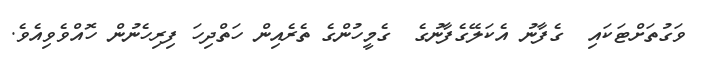
ވަގުތަށްޓަކައި  ގެފާނު އެކަލޭގެފާނުގެ  ގެމީހުންގެ ތެރެއިން ހަތްދިހަ ފިރިހެނުން ހޮއްވެވިއެވެ.